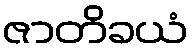
ဇာတိခယံ